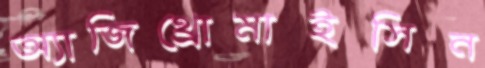
অ্যাজিথ্রোমাইসিন